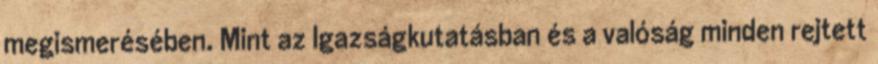
megismerésében. Mint az Igazságkutatásban és a valóság minden rejtett